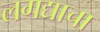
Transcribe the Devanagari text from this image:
लगद्याचा